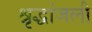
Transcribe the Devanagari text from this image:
श्रृद्धांजली